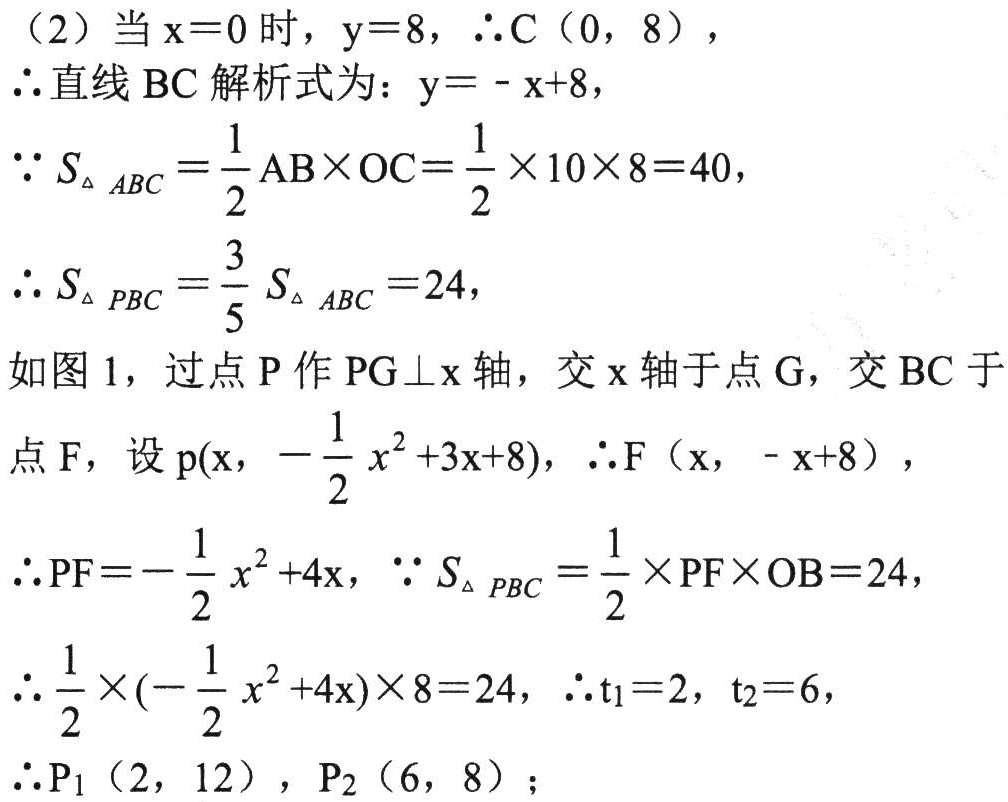
（2）当\(x = 0\)时，\(y = 8\)，\(\therefore C(0, 8)\)，
\(\therefore\)直线\(BC\)解析式为：\(y=-x + 8\)，
\(\because S_{\triangle ABC}=\frac{1}{2}AB\times OC=\frac{1}{2}\times10\times8 = 40\)，
\(\therefore S_{\triangle PBC}=\frac{3}{5}S_{\triangle ABC}=24\)，
如图1，过点\(P\)作\(PG\perp x\)轴，交\(x\)轴于点\(G\)，交\(BC\)于点\(F\)，设\(p(x,-\frac{1}{2}x^{2}+3x + 8)\)，\(\therefore F(x,-x + 8)\)，
\(\therefore PF=-\frac{1}{2}x^{2}+4x\)，\(\because S_{\triangle PBC}=\frac{1}{2}\times PF\times OB = 24\)，
\(\therefore\frac{1}{2}\times(-\frac{1}{2}x^{2}+4x)\times8 = 24\)，\(\therefore t_{1}=2\)，\(t_{2}=6\)，
\(\therefore P_{1}(2, 12)\)，\(P_{2}(6, 8)\)；